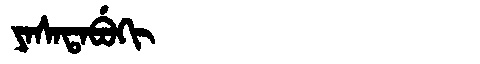
Manchu: ᠶᠠᠰᠠᡨᠠᠪᡠᡴᡳ
Romanization: YASATABUKI